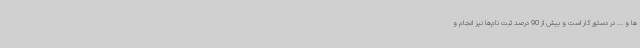
ها و ... در دستور کار است و بیش از 90 درصد ثبت نام‌ها نیز انجام و